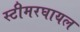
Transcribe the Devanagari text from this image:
स्टीमरघायल